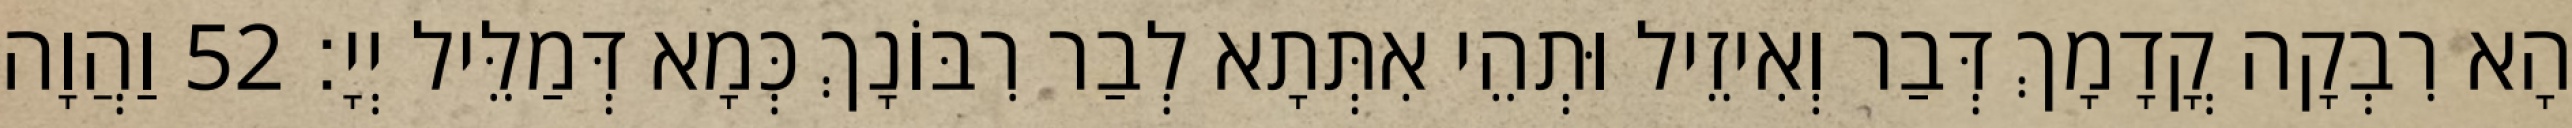
הָא רִבְקָה קֳדָמָךְ דְּבַר וְאִיזֵיל וּתְהֵי אִתְּתָא לְבַר רִבּוֹנָךְ כְּמָא דְּמַלֵּיל יְיָ׃ 52 וַהֲוָה